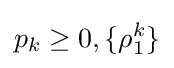
p_{k}\geq 0,\{\rho _{1}^{k}\}